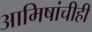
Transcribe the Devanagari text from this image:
आमिषांचीही